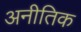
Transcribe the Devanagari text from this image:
अनीतिक